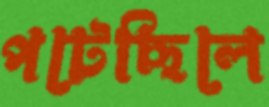
পটেছিলে